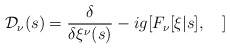
\begin{align*}{\cal D}_\nu(s) = \frac{\delta}{\delta \xi^\nu(s)} - ig [F_\nu[\xi|s],\ \ \ ]\end{align*}